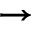
\ \rightarrow